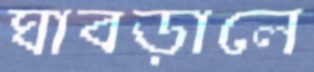
ঘাবড়ালে